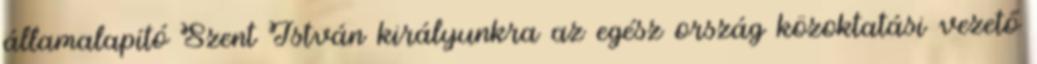
államalapító Szent István királyunkra az egész ország közoktatási vezető